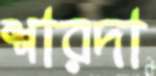
শারদা